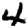
Digit: 4